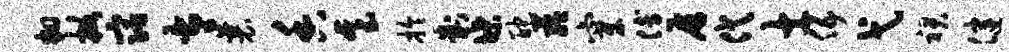
翻掀宿太襄香基拎判堞酡蕴穿傅屏代士伍弋裙健